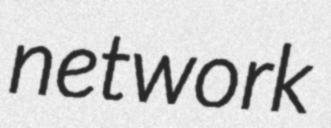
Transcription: network